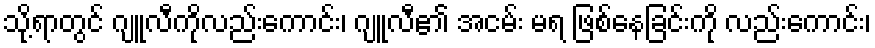
သို့ရာတွင် ဂျူလီကိုလည်းကောင်း၊ ဂျူလီ၏ အငမ်း မရ ဖြစ်နေခြင်းကို လည်းကောင်း၊